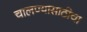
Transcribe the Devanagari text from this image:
चालण्यासाठीचा